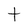
Character: t